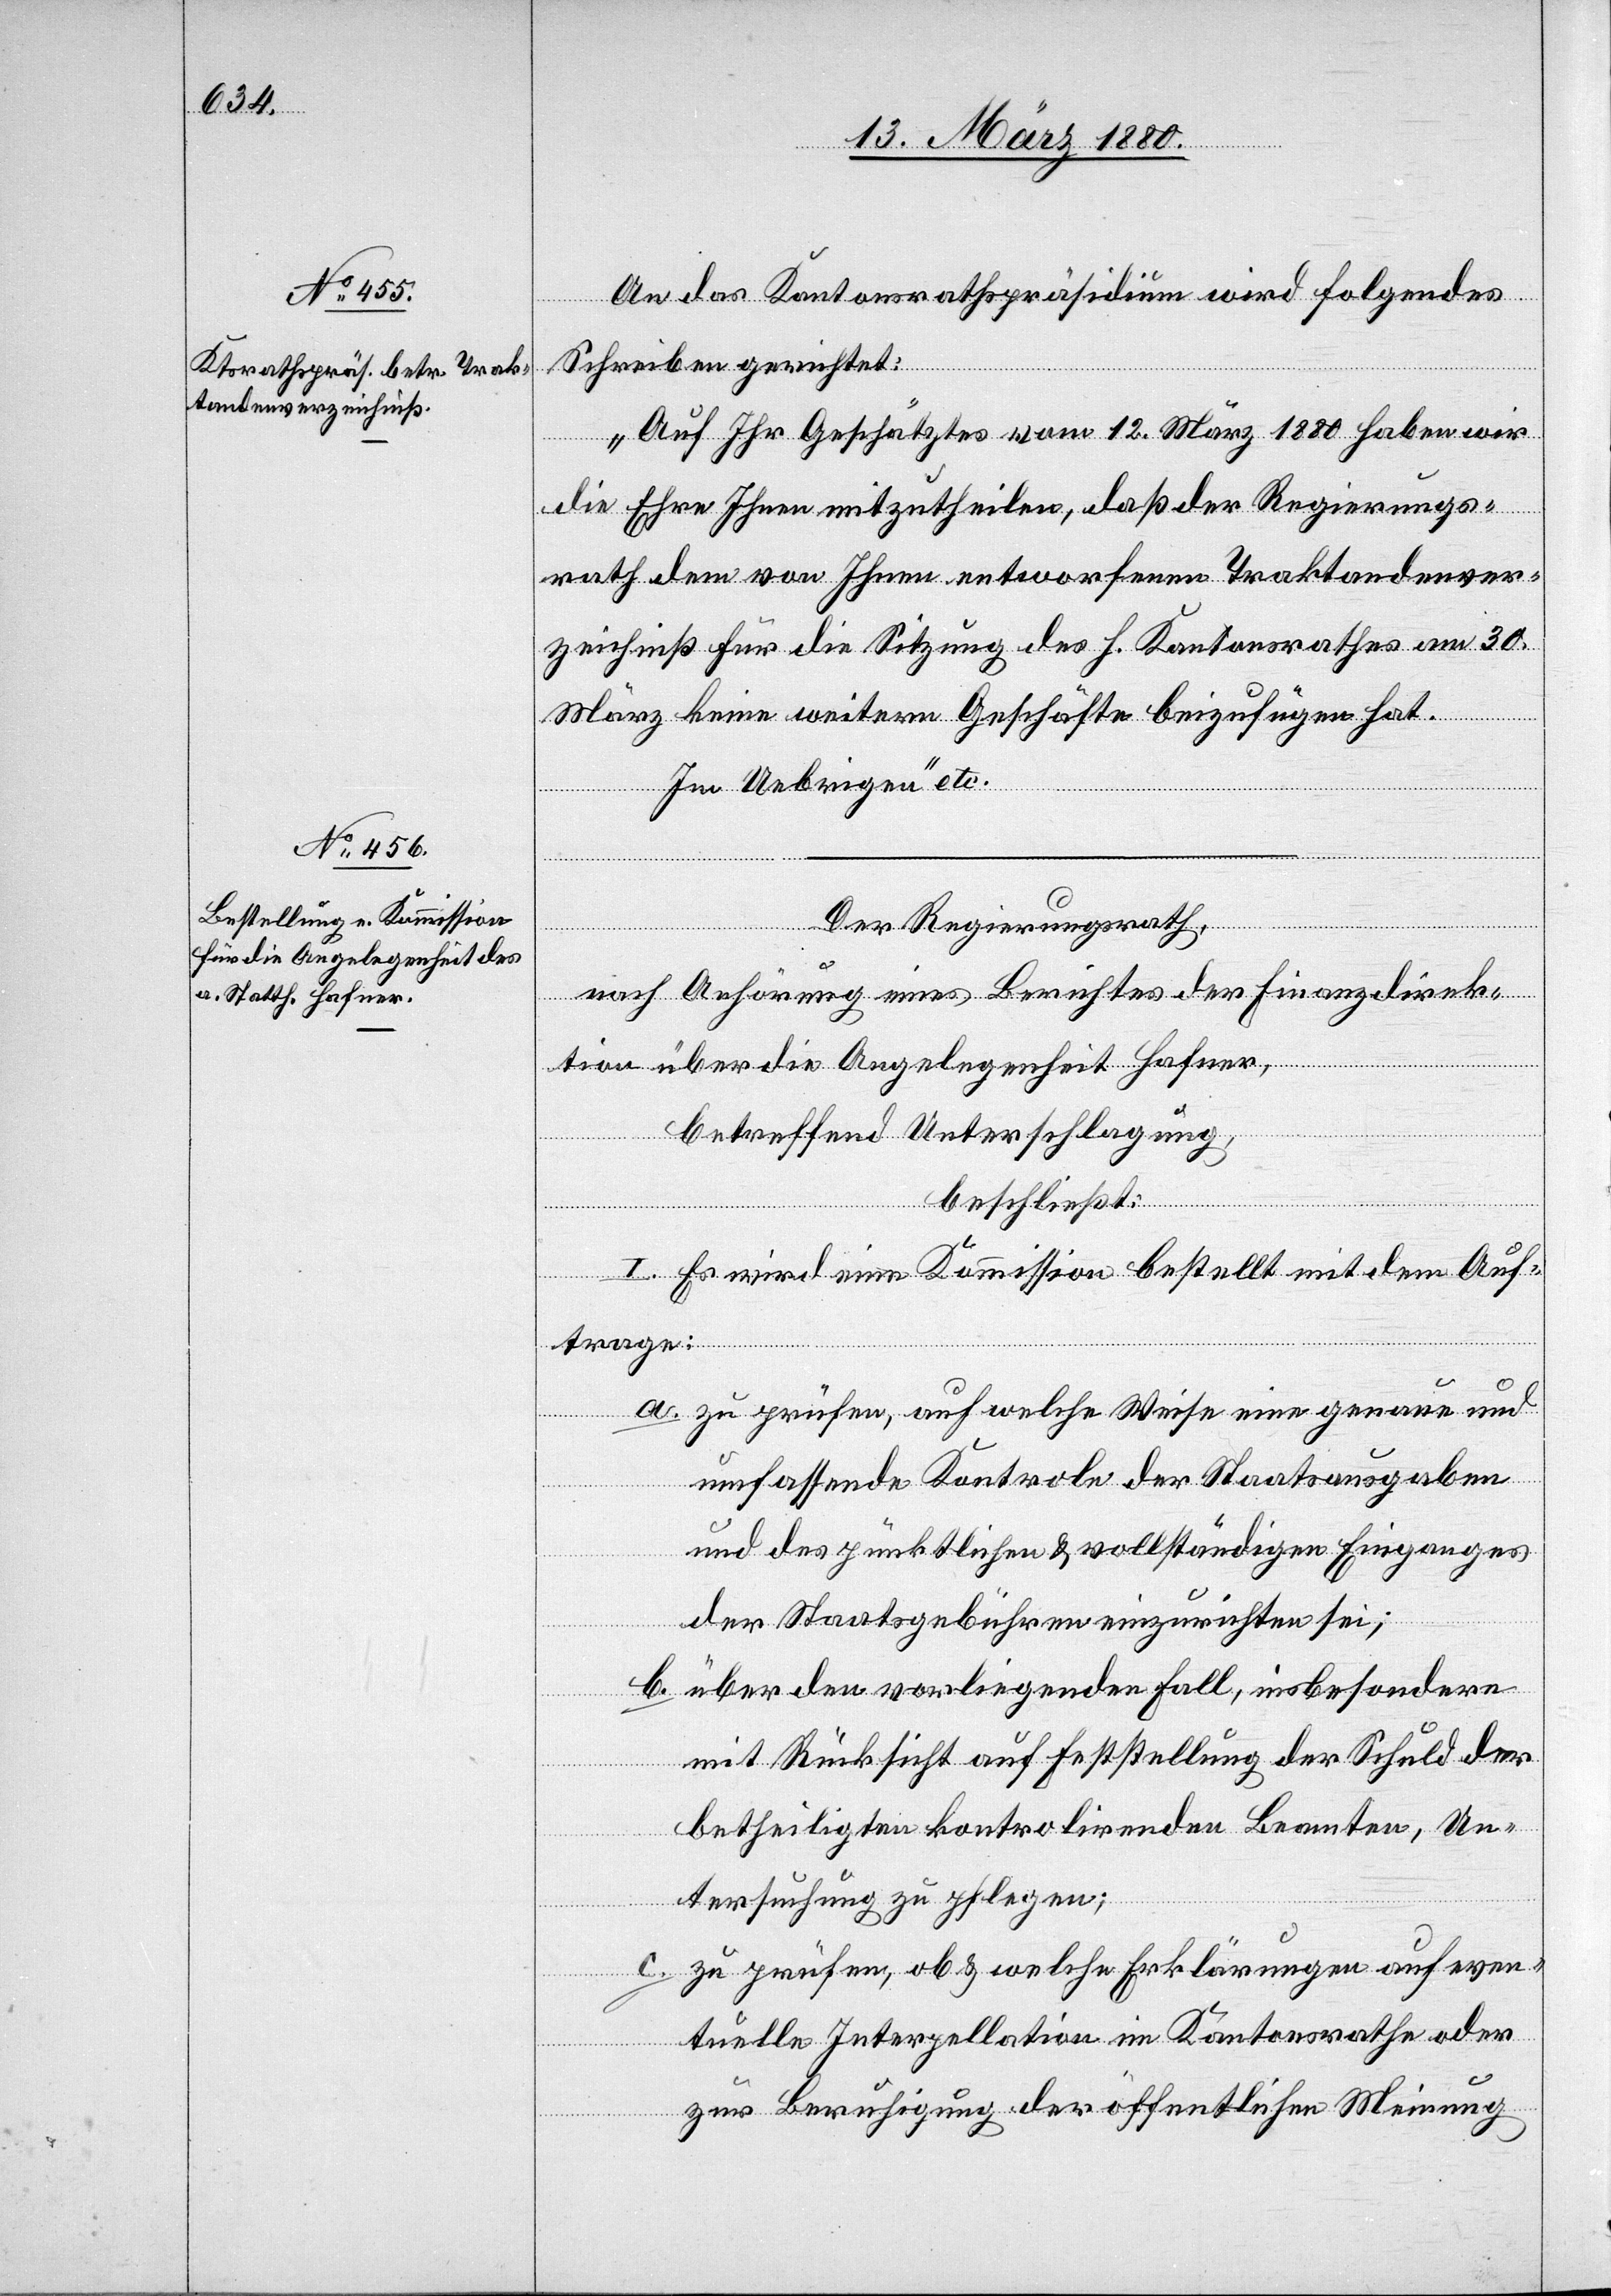
An das Kantonsrathspräsidium wird folgendes
Schreiben gerichtet:
„Auf Ihr Geschätztes vom 12. März 1880 haben wir
die Ehre Ihnen mitzutheilen, daß der Regierungs¬
rath dem von Ihnen entworfenen Traktandenver¬
zeichniß für die Sitzung des h. Kantonsrathes am 30.
März keine weitern Geschäfte beizufügen hat.
b.
Im Uebrigen“ etc.
Der Regierungsrath,
nach Anhörung eines Berichtes der Finanzdirek¬
tion über die Angelegenheit Hafner,
betreffend Unterschlagung,
beschließt:
I. Es wird eine Kommission bestellt mit dem Auf¬
trage:
zu prüfen, auf welche Weise eine genaue und
umfassende Kontrole der Staatsausgaben
a.
und der pünktlichen & vollständigen Einganges
der Staatsgebühren einzurichten sei;
über den vorliegenden Fall, insbesondere
mit Rücksicht auf Feststellung der Schuld der
betheiligten kontrolirenden Beamten, Un¬
tersuchung zu pflegen.
zu prüfen, ob & welche Erklärungen auf even¬
tuelle Interpellation im Kantonsrathe oder
zur Beruhigung der öffentlichen Meinung